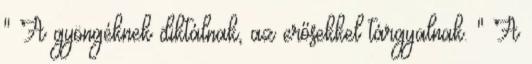
" A gyöngéknek diktálnak, az erősekkel tárgyalnak. " A